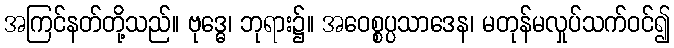
အကြင်နတ်တို့သည်။ ဗုဒ္ဓေ၊ ဘုရား၌။ အဝေစ္စပ္ပသာဒေန၊ မတုန်မလှုပ်သက်ဝင်၍